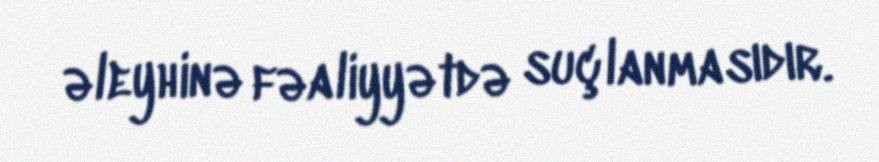
əleyhinə fəaliyyətdə suçlanmasıdır.